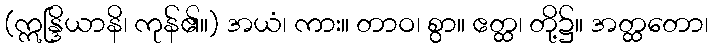
(ဣန္ဒြိယာနိ၊ ကုန်၏။) အယံ၊ ကား။ တာဝ၊ စွာ။ ဧတ္ထ၊ တို့၌။ အတ္ထတော၊